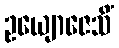
ဥယျောဇေသိံ